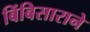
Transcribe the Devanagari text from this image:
बिंबिसाराने